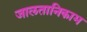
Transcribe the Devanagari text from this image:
जालतानिकाभ